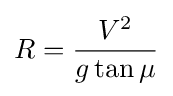
R={\frac {V^{2}}{g\tan {\mu }}}